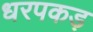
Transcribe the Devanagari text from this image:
धरपकड़